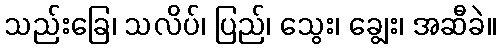
သည်းခြေ၊ သလိပ်၊ ပြည်၊ သွေး၊ ချွေး၊ အဆီခဲ။